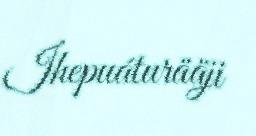
Ihepuáturääji